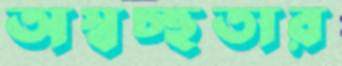
অস্বচ্ছতার